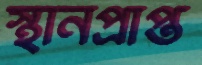
স্থানপ্রাপ্ত